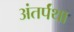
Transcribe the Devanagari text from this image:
अंतर्पंथा